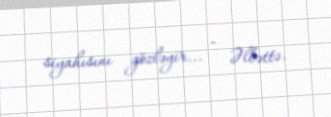
siyahısını gözləyir... - Əlbəttə.